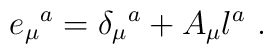
e_\mu{}^a = \delta_\mu{}^a + A_\mu l^a\ .